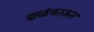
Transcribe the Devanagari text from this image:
झळंकाऊन